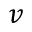
v